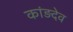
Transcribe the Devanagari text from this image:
कांड़देव